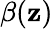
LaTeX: \beta(\mathbf{z})